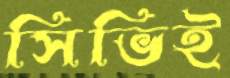
সিভিই